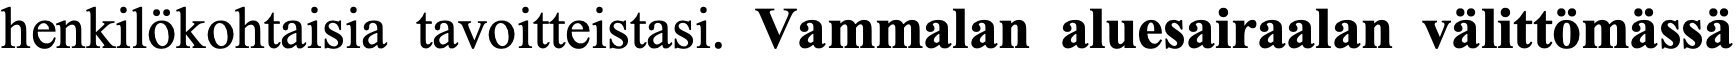
henkilökohtaisia tavoitteistasi. Vammalan aluesairaalan välittömässä